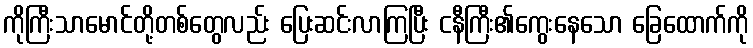
ကိုကြီးသာမောင်တို့တစ်တွေလည်း ပြေးဆင်းလာကြပြီး ငနီကြီး၏ကွေးနေသော ခြေထောက်ကို